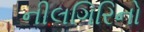
નીલગિરિનો